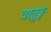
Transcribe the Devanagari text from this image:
वरतुङ्ग